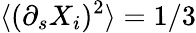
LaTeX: \langle(\partial_{s}X_{i})^{2}\rangle=1/3